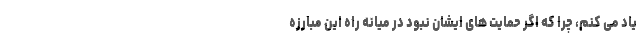
یاد می کنم، چرا که اگر حمایت های ایشان نبود در میانه راه این مبارزه